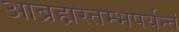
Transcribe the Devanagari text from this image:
आब्रह्मस्तम्भपर्यन्तं